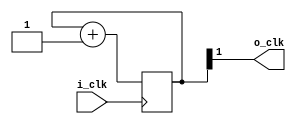
module clk_div4 (
	input i_clk,
	output o_clk
);

reg [1:0] cnt = 0;

	always @ (posedge i_clk)
	begin
		cnt <= cnt + 1;
	end
	
	assign o_clk = cnt[1];

endmodule